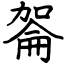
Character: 嗧